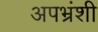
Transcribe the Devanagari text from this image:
अपभ्रंशी